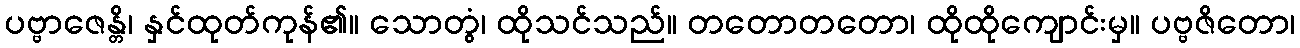
ပဗ္ဗာဇေန္တိ၊ နှင်ထုတ်ကုန်၏။ သောတွံ၊ ထိုသင်သည်။ တတောတတော၊ ထိုထိုကျောင်းမှ။ ပဗ္ဗဇိတော၊